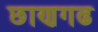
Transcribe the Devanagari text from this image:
छाणगढ